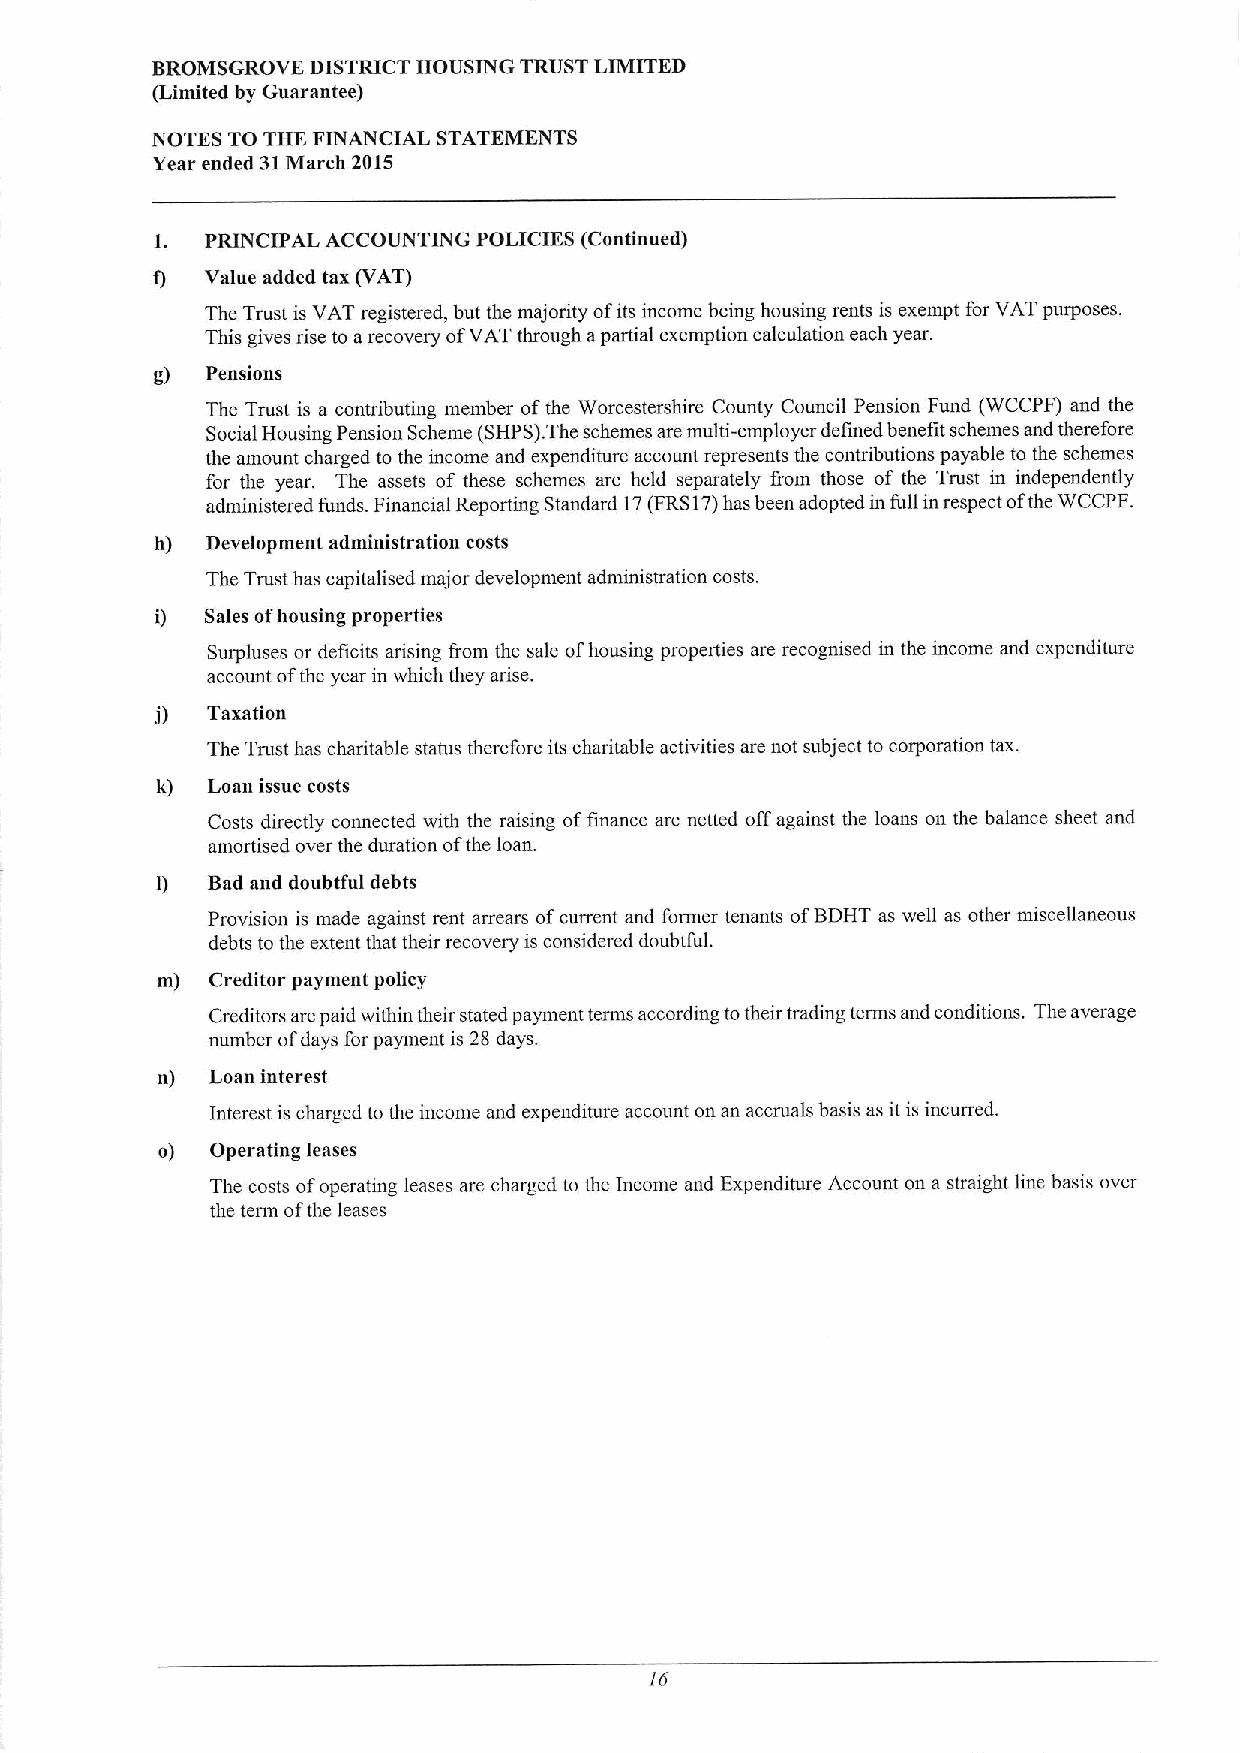
BROMSGROVE DISTRICT HOUSING TRUST LIMITED
 (Limited by Guarantee)
 NOTES TO THE FINANCIAL STATEMENTS
 Year ended 31March 2015
 1.  PRINCIPAL ACCOUNTING POLICIES (Continued)
 I)  Value added tax (VAT)
 The Trust is VAT registered, but the majority ofits income being housing rents is exempt for VAT purposes.
 This gives rise to arecovery ofVAT through apartial exemption calculation each year.
 g)  Pensions
 The Trust is a contributing member ofthe Worcestershire County Council Pension Fund (WCCPF) and the
 Social Housing Pension Scheme (SHPS) The schemes are multi-employer defined benefit schemes and therefore
 the amount charged to the income and expenditure account represents the contributions payable to the schemes
 for the year. The assets of these schemes are held separately from those of the Trust in independently
 administered funds. Financial Reporting Standard 17(FRS17)has been adopted in full inrespect ofthe WCCPF.
 h)  Development administration costs
 The Trust has capitalised major development administration costs.
 i)  Sales ofhousing properties
 Surpluses or deficits arising from the sale ofhousing properties are recognised in the income and expenditure
 account ofthe year in which they arise.
 j)  Taxation
 The Trust has charitable status therefore its charitable activities are not subject to corporation tax.
 k)  Loan issue costs
 Costs directly connected with the raising offinance are netted offagainst the loans on the balance sheet and
 amortised over the duration ofthe loan.
 l)  Bad and doubtful debts
 Provision is made against rent arrears ofcurrent and former tenants ofBDHT as well as other miscellaneous
 debts to the extent that their recovery is considered doubtful.
 m)  Creditor payment policy
 Creditors arepaid within their stated payment terms according totheir trading terms and conditions. The average
 number ofdays for payment is 28 days.
 n)  Loan interest
 Interest is charged to the income and expenditure account on an accruals basis as it is incurred.
 o)  Operating leases
 The costs ofoperating leases are charged to the Income and Expenditure Account on a straight line basis over
 the term ofthe leases
 76